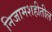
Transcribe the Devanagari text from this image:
निजामशहीतील